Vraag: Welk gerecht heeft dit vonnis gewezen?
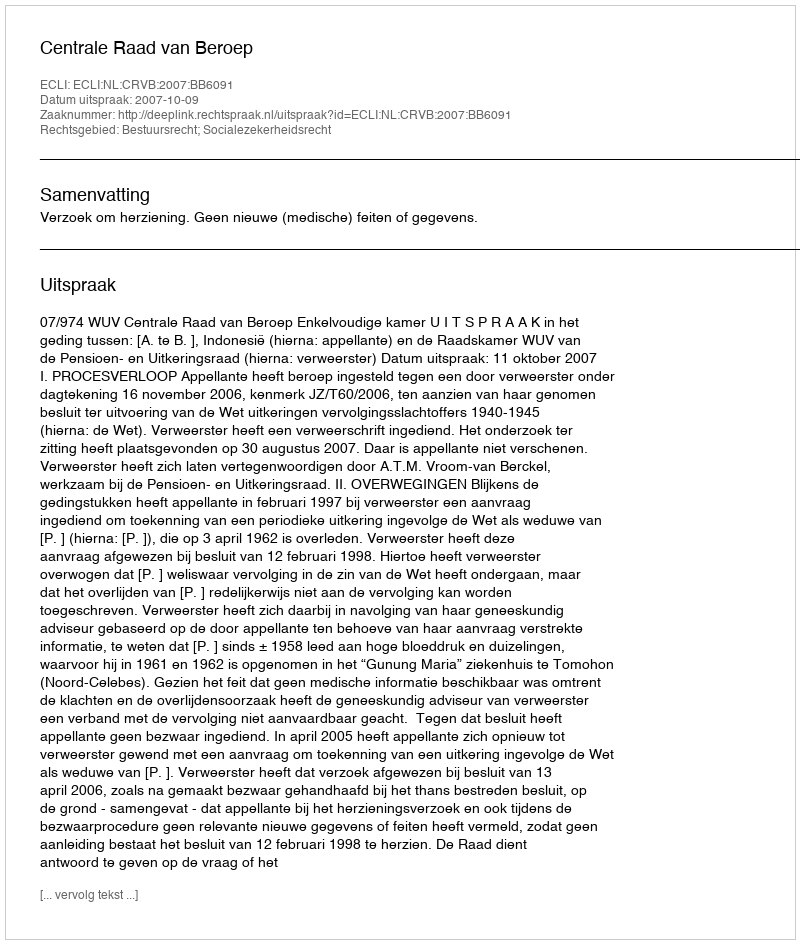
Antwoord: Centrale Raad van Beroep